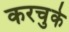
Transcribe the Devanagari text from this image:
करचुके